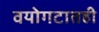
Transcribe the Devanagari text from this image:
वयोगटातही